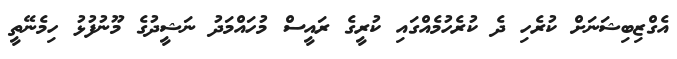
އެގްޒިބިޝަނަށް ކުރެހި ދެ ކުރެހުމެއްގައި ކުރީގެ ރައީސް މުހައްމަދު ނަޝީދުގެ މޫނުފުޅު ހިމެނޭތީ